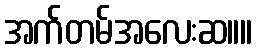
အက်တမ်အလေးဆ။။